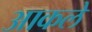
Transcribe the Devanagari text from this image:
आकले